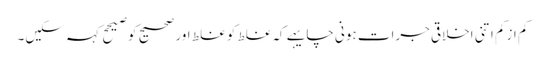
کم ازکم اتنی اخلاقی جرات ہونی چایہے کہ غلط کو غلط اور صحیح کو صیحح کہہ سکیں۔